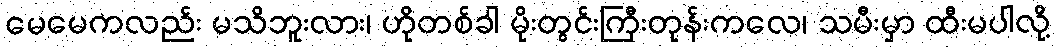
မေမေကလည်း မသိဘူးလား၊ ဟိုတစ်ခါ မိုးတွင်းကြီးတုန်းကလေ၊ သမီးမှာ ထီးမပါလို့